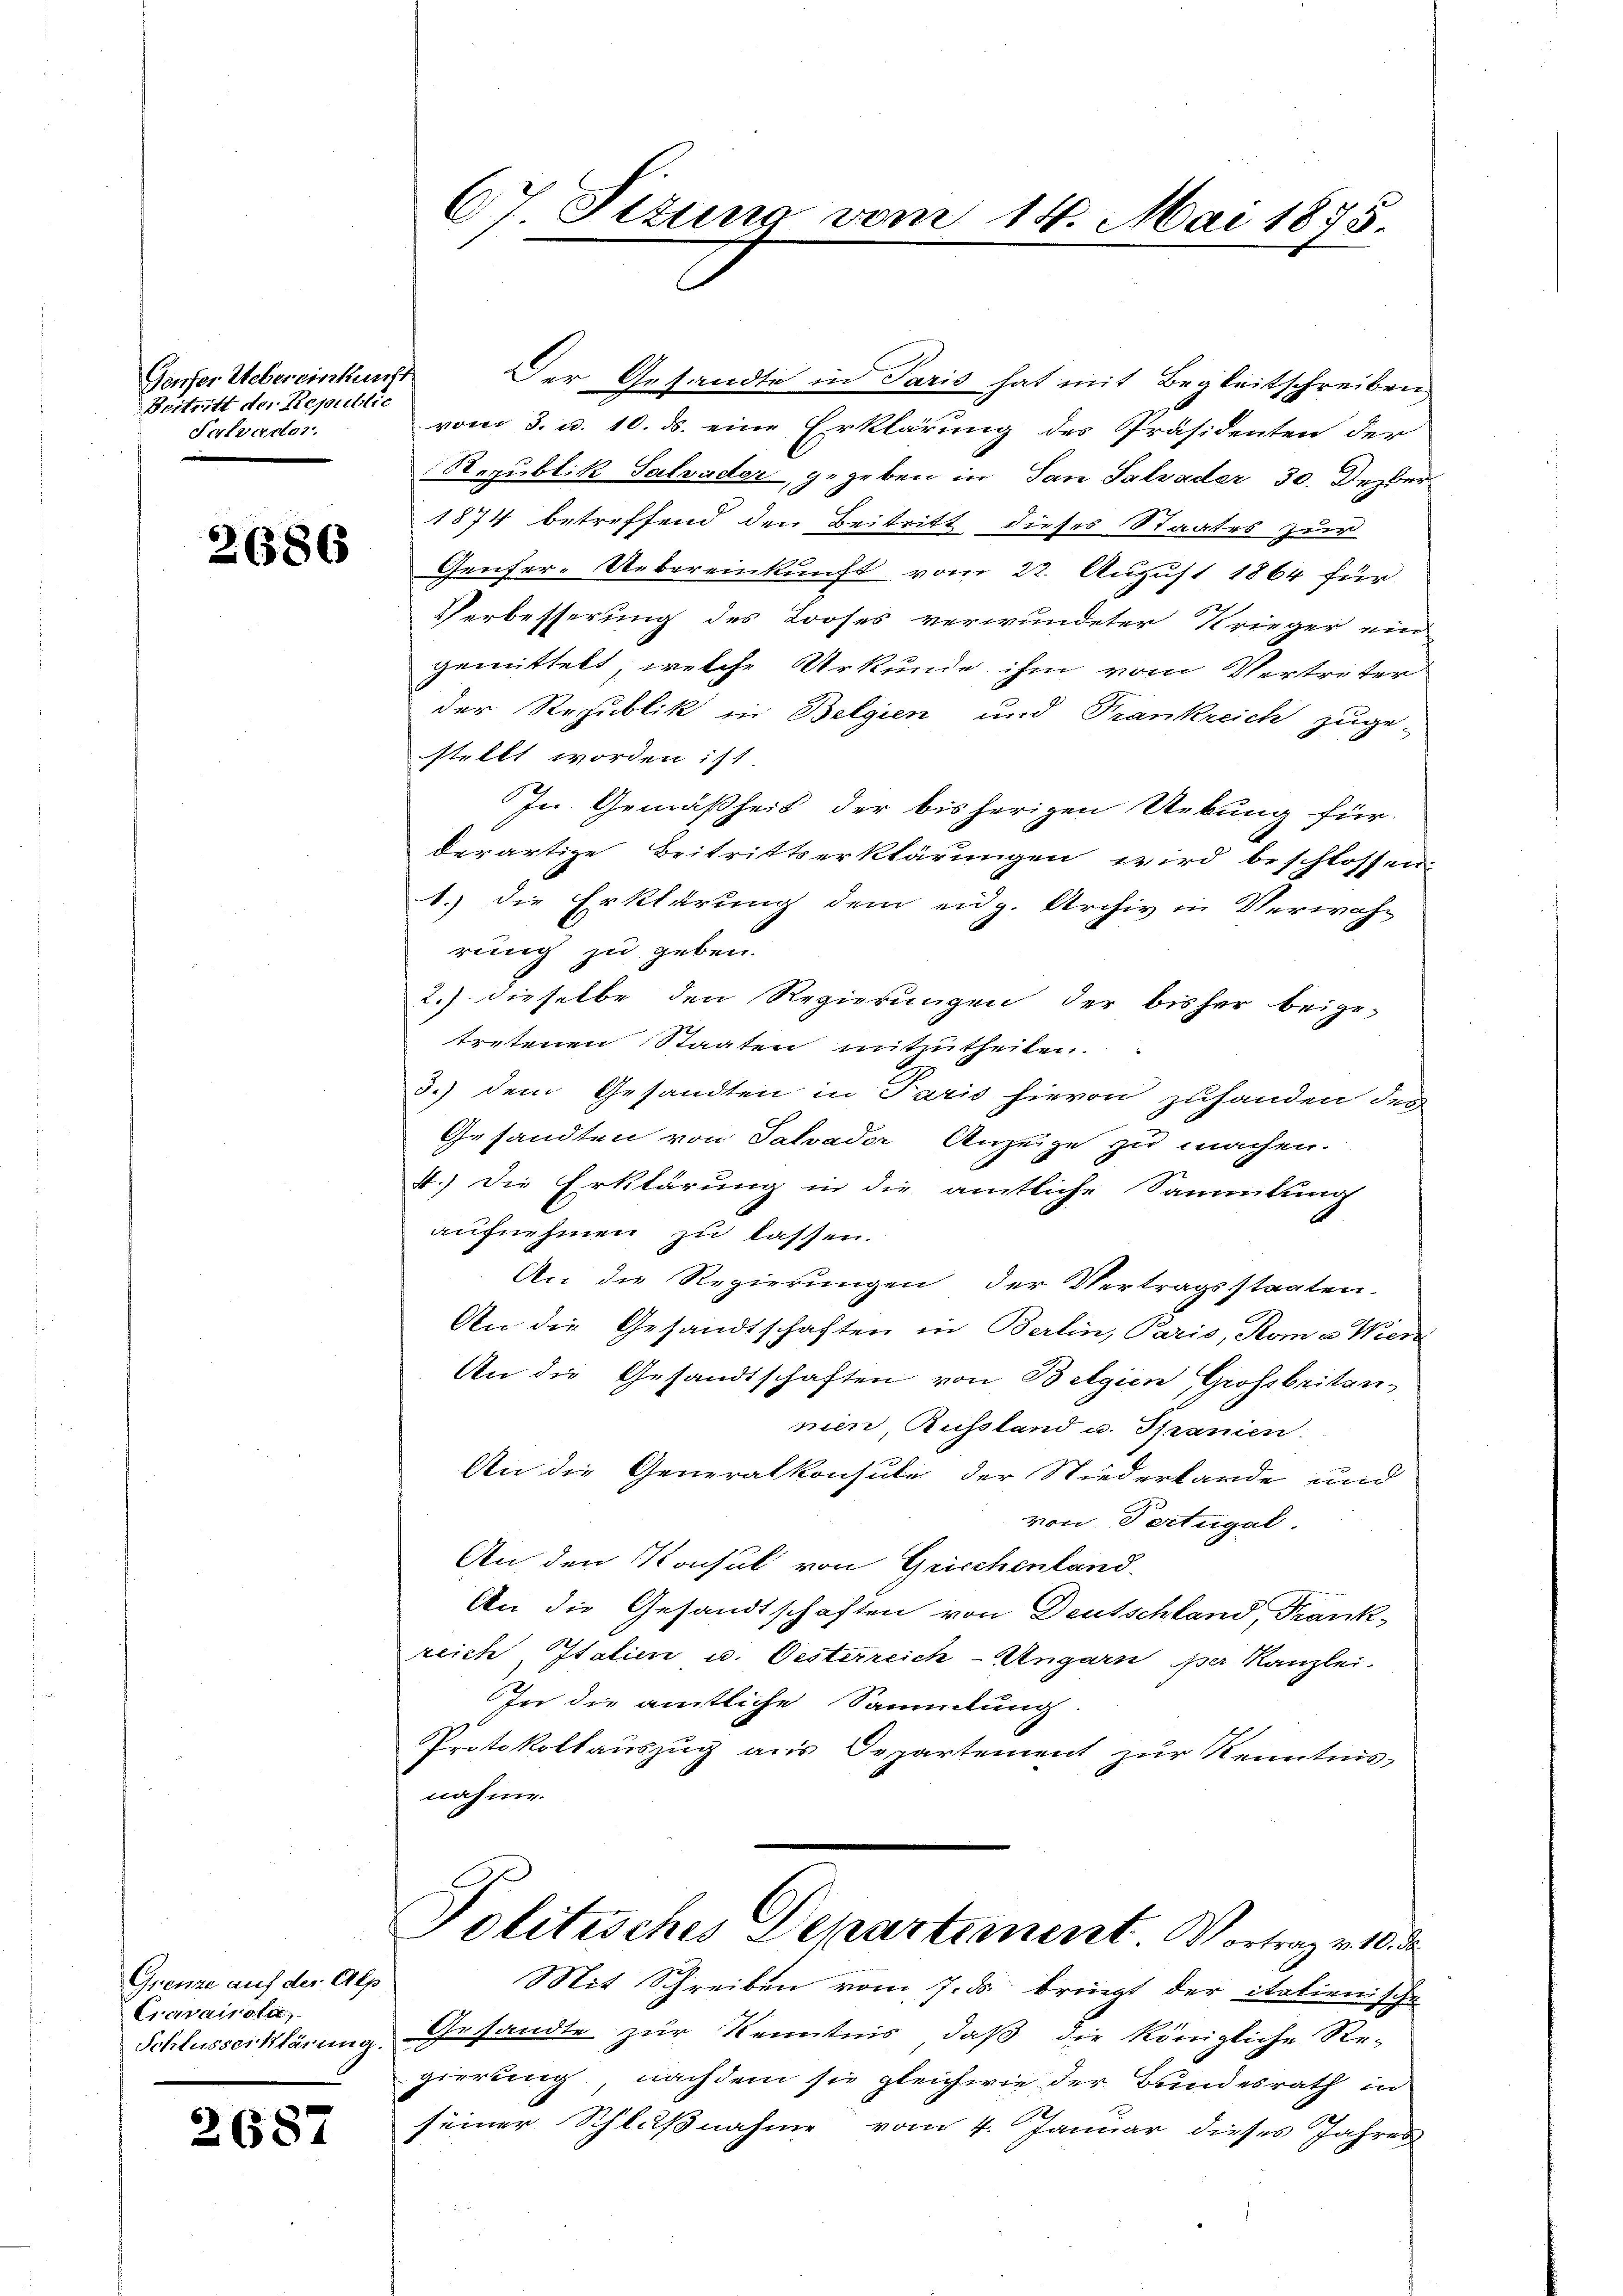
Geufer Uebereinkunf
Beitritt der Republic
Salvader.

2686

Grenze auf der Alp
Cravaiata;
Schlusserklärung.

2687

67. Fezuna
i

9

Der Gesandte in Paris hat mit Begleitschreiben
vom 3. u. 10. ds. eine Erklärung des Präsidenten der
Republik Salvader, gegeben in San Salvader 30. Dezber
1874 betreffend den Beitritt dieses Staates zur
Genfer-Uebereinkunft vom 22. August 1864 für
Verbesserung des Looses verwundeter Krieger ein
gemittelt, welche Urkunde ihm vom Vertreter
der Republik in Belgien und Frankreich zuge-
stellt worden ist.
In Gemäßheit der bisherigen Uebung für
derartige Beitrittserklärungen wird beschlossen.
1.) die Erklärung dem eidg. Archiv in Verwah-
rung zu geben.
2.) dieselbe den Regierungen der bisher beige-
tretenen Staaten mitzutheilen.
3.) dem Gesandten in Paris hievon zuhanden den
Gesandten von Salvader Anzeige zu machen.
1.) Die Erklärung in die amtliche Sammlung
aufnehmen zu lassen.
An die Regierungen der Vertragsstaaten.
An die Gesandtschaften in Berlin, Paris, Roma Wien
An die Gesandtschaften von Belgien Großbritannien, Aussland u. Spanien.
An die Generalkonsule der Niederbande und
von Pertugal.
An den Konsul von Grischenland.
An die Gesandtschaften von Deutschland, Krank-
reich Italien u. Oesterreich-Ungarn per Kanzlei-
In die amtliche Sammlung
Protokollauszug aus Departement zur Kenntnis
nahme.
Politisches Departement Vortrag v. 10. d.
Mit Schreiben vom 7. ds. bringt der italienische
Gesandte zur Kenntnis, daß die königliche Re-
gierung nachdem sie gleichwie der Bundesrath in
seiner Schlußnahme vom 4. Januar dieses Jahres

n 14. Mai 1875.